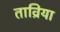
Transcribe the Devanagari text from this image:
ताव्रिया